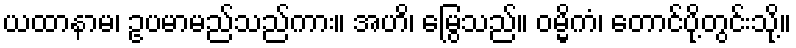
ယထာနာမ၊ ဥပမာမည်သည်ကား။ အဟိ၊ မြွေသည်။ ဝမ္မိကံ၊ တောင်ပို့တွင်းသို့။